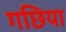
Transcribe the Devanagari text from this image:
गछिया